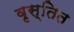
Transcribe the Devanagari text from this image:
वृस्तित